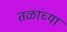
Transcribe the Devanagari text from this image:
तळांच्या